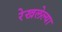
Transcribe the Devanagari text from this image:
रेखलेल्या